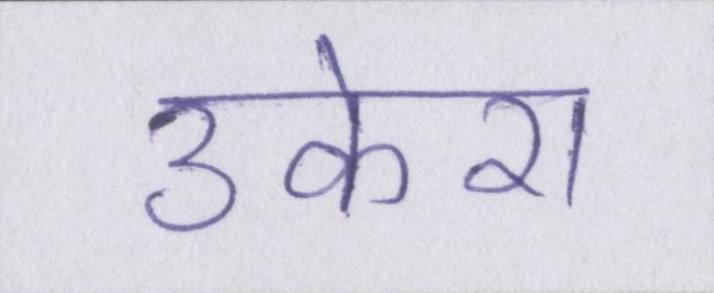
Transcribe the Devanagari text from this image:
उकेरा